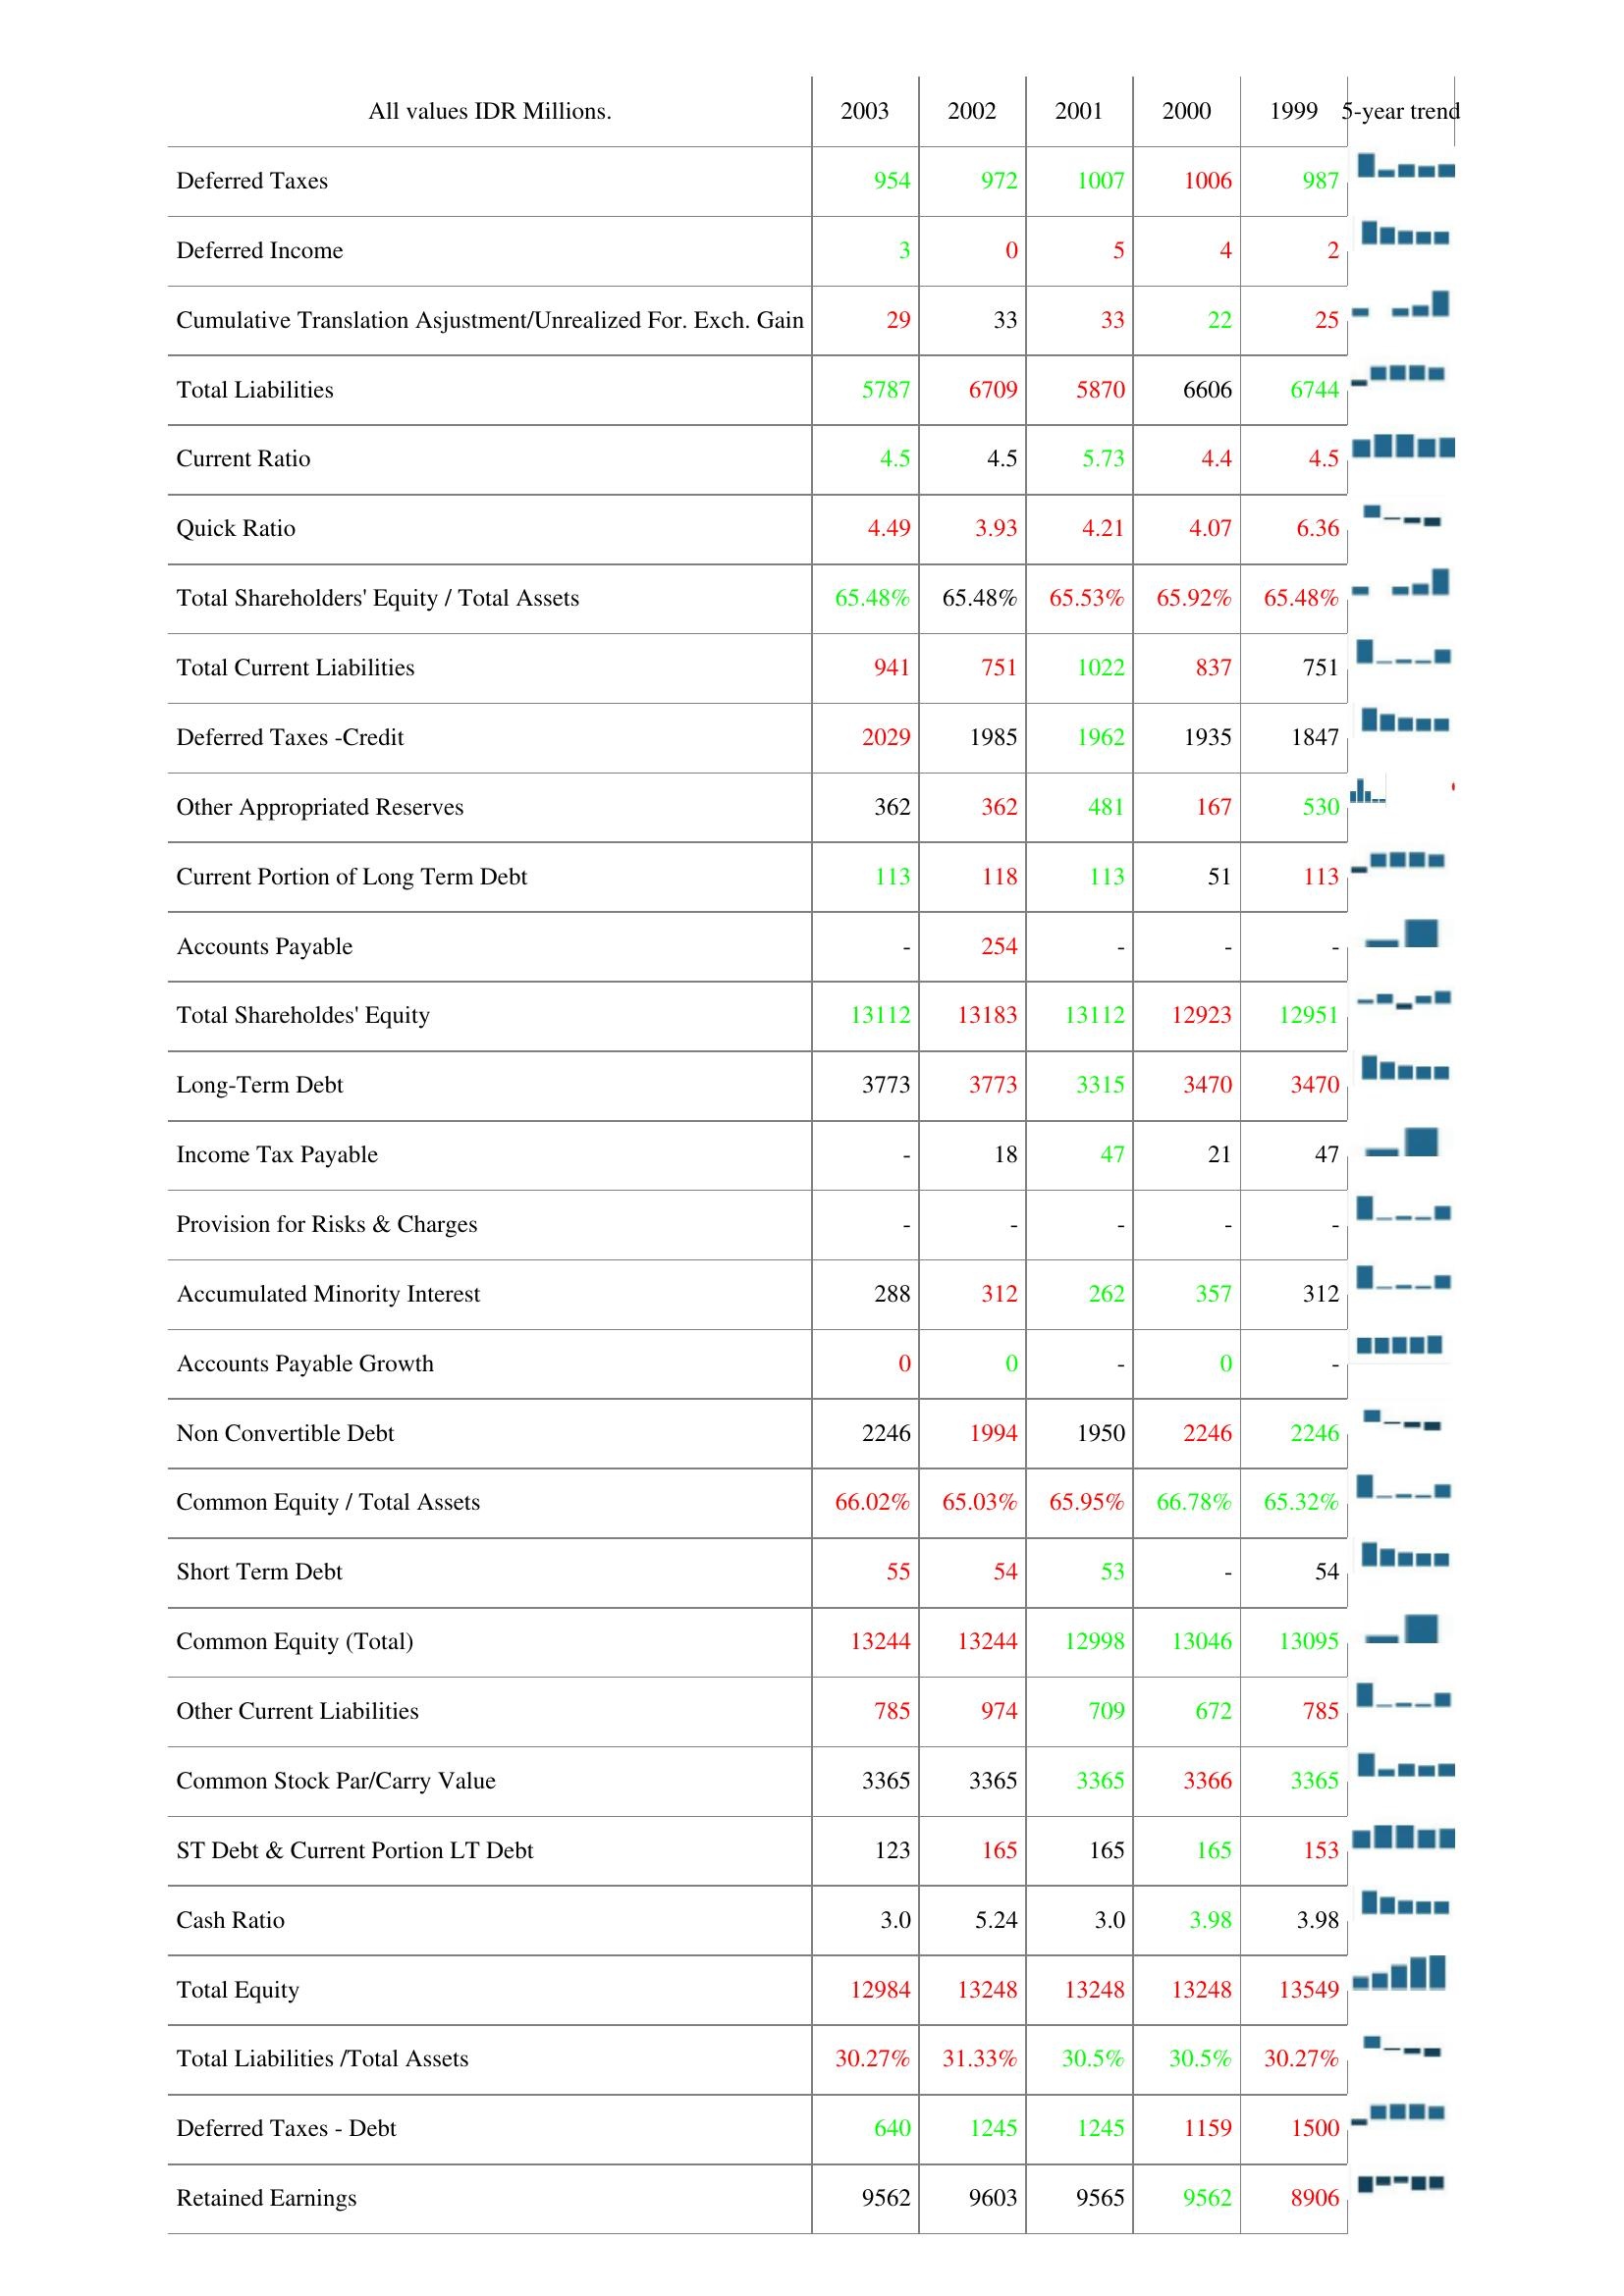
2003: Liabilities & Shareholder's Equity: Deferred Taxes: 954
Deferred Income: 3
Cumulative Translation Asjustment/Unrealized For. Exch. Gain: 29
Total Liabilities: 5787
Current Ratio: 4.5
Quick Ratio: 4.49
Total Shareholders' Equity / Total Assets: 65.48%
Total Current Liabilities: 941
Deferred Taxes -Credit: 2029
Other Appropriated Reserves: 362
Current Portion of Long Term Debt: 113
Accounts Payable: -
Total Shareholdes' Equity: 13112
Long-Term Debt: 3773
Income Tax Payable: -
Provision for Risks & Charges: -
Accumulated Minority Interest: 288
Accounts Payable Growth: 0
Non Convertible Debt: 2246
Common Equity / Total Assets: 66.02%
Short Term Debt: 55
Common Equity (Total): 13244
Other Current Liabilities: 785
Common Stock Par/Carry Value: 3365
ST Debt & Current Portion LT Debt: 123
Cash Ratio: 3.0
Total Equity: 12984
Total Liabilities /Total Assets: 30.27%
Deferred Taxes - Debt: 640
Retained Earnings: 9562
2002: Liabilities & Shareholder's Equity: Deferred Taxes: 972
Deferred Income: 0
Cumulative Translation Asjustment/Unrealized For. Exch. Gain: 33
Total Liabilities: 6709
Current Ratio: 4.5
Quick Ratio: 3.93
Total Shareholders' Equity / Total Assets: 65.48%
Total Current Liabilities: 751
Deferred Taxes -Credit: 1985
Other Appropriated Reserves: 362
Current Portion of Long Term Debt: 118
Accounts Payable: 254
Total Shareholdes' Equity: 13183
Long-Term Debt: 3773
Income Tax Payable: 18
Provision for Risks & Charges: -
Accumulated Minority Interest: 312
Accounts Payable Growth: 0
Non Convertible Debt: 1994
Common Equity / Total Assets: 65.03%
Short Term Debt: 54
Common Equity (Total): 13244
Other Current Liabilities: 974
Common Stock Par/Carry Value: 3365
ST Debt & Current Portion LT Debt: 165
Cash Ratio: 5.24
Total Equity: 13248
Total Liabilities /Total Assets: 31.33%
Deferred Taxes - Debt: 1245
Retained Earnings: 9603
2001: Liabilities & Shareholder's Equity: Deferred Taxes: 1007
Deferred Income: 5
Cumulative Translation Asjustment/Unrealized For. Exch. Gain: 33
Total Liabilities: 5870
Current Ratio: 5.73
Quick Ratio: 4.21
Total Shareholders' Equity / Total Assets: 65.53%
Total Current Liabilities: 1022
Deferred Taxes -Credit: 1962
Other Appropriated Reserves: 481
Current Portion of Long Term Debt: 113
Accounts Payable: -
Total Shareholdes' Equity: 13112
Long-Term Debt: 3315
Income Tax Payable: 47
Provision for Risks & Charges: -
Accumulated Minority Interest: 262
Accounts Payable Growth: -
Non Convertible Debt: 1950
Common Equity / Total Assets: 65.95%
Short Term Debt: 53
Common Equity (Total): 12998
Other Current Liabilities: 709
Common Stock Par/Carry Value: 3365
ST Debt & Current Portion LT Debt: 165
Cash Ratio: 3.0
Total Equity: 13248
Total Liabilities /Total Assets: 30.5%
Deferred Taxes - Debt: 1245
Retained Earnings: 9565
2000: Liabilities & Shareholder's Equity: Deferred Taxes: 1006
Deferred Income: 4
Cumulative Translation Asjustment/Unrealized For. Exch. Gain: 22
Total Liabilities: 6606
Current Ratio: 4.4
Quick Ratio: 4.07
Total Shareholders' Equity / Total Assets: 65.92%
Total Current Liabilities: 837
Deferred Taxes -Credit: 1935
Other Appropriated Reserves: 167
Current Portion of Long Term Debt: 51
Accounts Payable: -
Total Shareholdes' Equity: 12923
Long-Term Debt: 3470
Income Tax Payable: 21
Provision for Risks & Charges: -
Accumulated Minority Interest: 357
Accounts Payable Growth: 0
Non Convertible Debt: 2246
Common Equity / Total Assets: 66.78%
Short Term Debt: -
Common Equity (Total): 13046
Other Current Liabilities: 672
Common Stock Par/Carry Value: 3366
ST Debt & Current Portion LT Debt: 165
Cash Ratio: 3.98
Total Equity: 13248
Total Liabilities /Total Assets: 30.5%
Deferred Taxes - Debt: 1159
Retained Earnings: 9562
1999: Liabilities & Shareholder's Equity: Deferred Taxes: 987
Deferred Income: 2
Cumulative Translation Asjustment/Unrealized For. Exch. Gain: 25
Total Liabilities: 6744
Current Ratio: 4.5
Quick Ratio: 6.36
Total Shareholders' Equity / Total Assets: 65.48%
Total Current Liabilities: 751
Deferred Taxes -Credit: 1847
Other Appropriated Reserves: 530
Current Portion of Long Term Debt: 113
Accounts Payable: -
Total Shareholdes' Equity: 12951
Long-Term Debt: 3470
Income Tax Payable: 47
Provision for Risks & Charges: -
Accumulated Minority Interest: 312
Accounts Payable Growth: -
Non Convertible Debt: 2246
Common Equity / Total Assets: 65.32%
Short Term Debt: 54
Common Equity (Total): 13095
Other Current Liabilities: 785
Common Stock Par/Carry Value: 3365
ST Debt & Current Portion LT Debt: 153
Cash Ratio: 3.98
Total Equity: 13549
Total Liabilities /Total Assets: 30.27%
Deferred Taxes - Debt: 1500
Retained Earnings: 8906